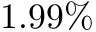
1 . 9 9 \%